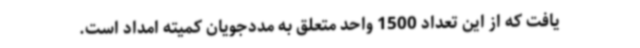
یافت که از این تعداد 1500 واحد متعلق به مددجویان کمیته امداد است.